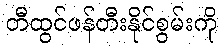
တီထွင်ဖန်တီးနိုင်စွမ်းကို